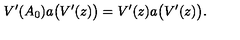
V ^ { \prime } ( A _ { 0 } ) a \bigl ( V ^ { \prime } ( z ) \bigr ) = V ^ { \prime } ( z ) a \bigl ( V ^ { \prime } ( z ) \bigr ) .